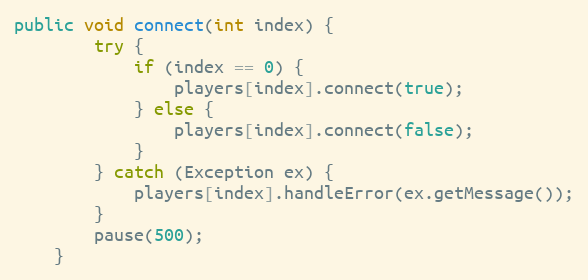
Language: Java
public void connect(int index) {
        try {
            if (index == 0) {
                players[index].connect(true);
            } else {
                players[index].connect(false);
            }
        } catch (Exception ex) {
            players[index].handleError(ex.getMessage());
        }
        pause(500);
    }